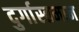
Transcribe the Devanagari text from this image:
दुर्गास्तमान